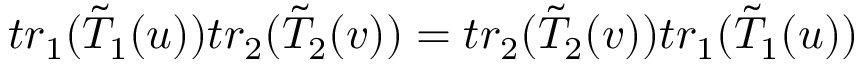
t r _ { 1 } ( \tilde { T } _ { 1 } ( u ) ) t r _ { 2 } ( \tilde { T } _ { 2 } ( v ) ) = t r _ { 2 } ( \tilde { T } _ { 2 } ( v ) ) t r _ { 1 } ( \tilde { T } _ { 1 } ( u ) )